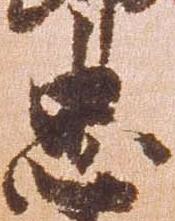
忠